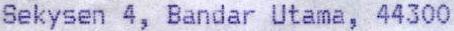
SEKYSEN 4, BANDAR UTAMA, 44300